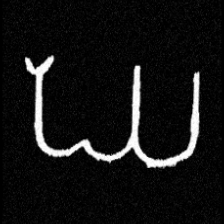
Pyu character \u2014 Myanmar letter: ဃ (romanized: gha)